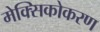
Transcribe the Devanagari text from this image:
मेक्सिकोकरण